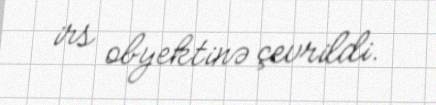
irs obyektinə çevrildi.